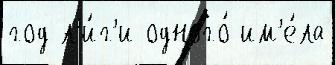
год л'и́г'и одного́ им'е́ла